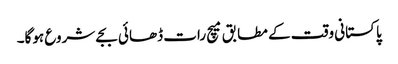
پاکستانی وقت کے مطابق میچ رات ڈھائی بجے شروع ہوگا۔